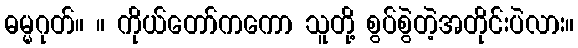
ဓမ္မဂုတ်။ ။ ကိုယ်တော်ကကော သူတို့ စွပ်စွဲတဲ့အတိုင်းပဲလား။